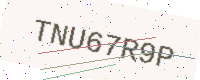
Text: TNU67R9P